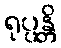
ရုပ္ပန္တိ